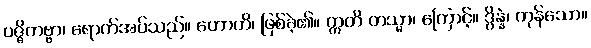
ပဇ္ဇိတဗ္ဗာ၊ ရောက်အပ်သည်။ ဟောတိ၊ ဖြစ်ခဲ့၏။ ဣတိ တသ္မာ၊ ကြောင့်။ ဒွိန္နံ၊ ကုန်သော။